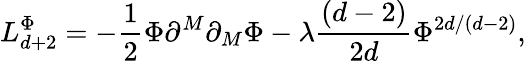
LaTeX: L_{d+2}^{\Phi}=-\frac{1}{2}\Phi\partial^{M}\partial_{M}\Phi-\lambda\frac{\left(d-2\right)}{2d}\Phi^{2d/\left(d-2\right)},